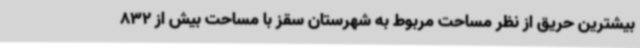
بیشترین حریق از نظر مساحت مربوط به شهرستان سقز با مساحت بیش از 832